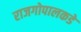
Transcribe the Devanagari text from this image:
राजगोपालकडे